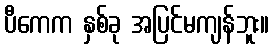
ပီကေက နှစ်ခု အပြင်မကျန်ဘူး။